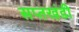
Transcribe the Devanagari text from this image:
सप्तखंडी